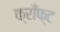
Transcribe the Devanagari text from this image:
क्राँफ्ट